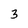
Character: 3